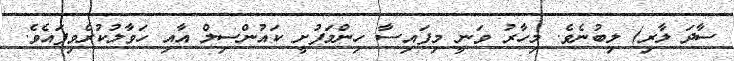
ސާދަ ލާރި) ލިބުނެވެ. މިހާރު ވަނީ މިފައިސާ ހިންމަފުށީ ކައުންސިލް އާއި ހަވާލުކުރެވިފައެވެ.